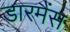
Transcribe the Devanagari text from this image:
डारमैंस